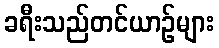
ခရီးသည်တင်ယာဉ်များ